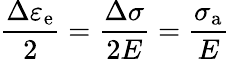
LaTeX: {\frac{\Delta\varepsilon_{\mathrm{e}}}{2}}={\frac{\Delta\sigma}{2E}}={\frac{\sigma_{\mathrm{a}}}{E}}